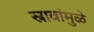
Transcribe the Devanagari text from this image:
स्रावांमुळे